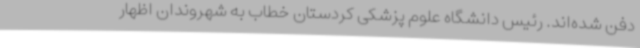
دفن شده‌اند. رئیس دانشگاه علوم پزشکی کردستان خطاب به شهروندان اظهار